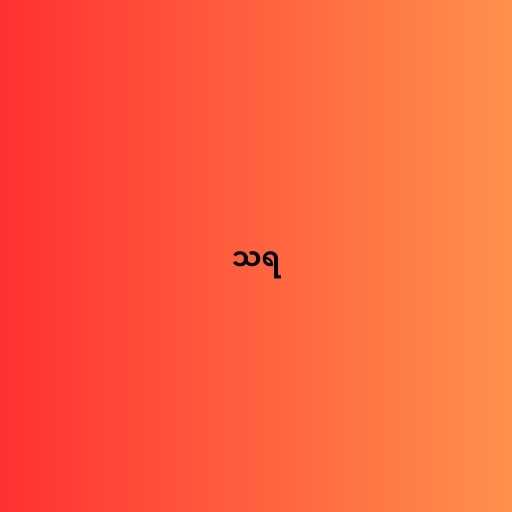
သရ